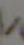
/